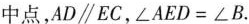
中点，AD\parallelEC，$$∠ A E D = ∠ B$$。